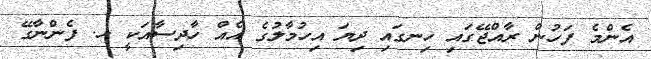
އެންމެ ފަހުން ރާއްޖޭގައި ހިނގައި ދިޔަ އިހުމާލުގެ އެއް ހާދިސާއަކީ ހ. ފެންނާގޭ